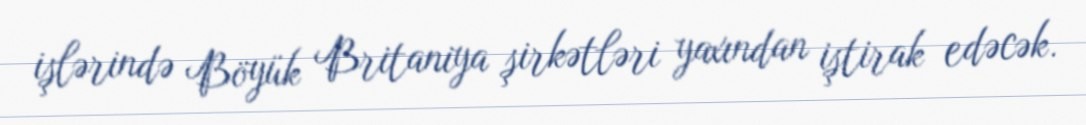
işlərində Böyük Britaniya şirkətləri yaxından iştirak edəcək.